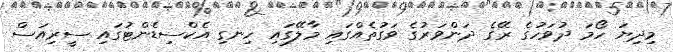
މިދިޔަ ހޯމަ ދުވަހުގެ ރޭގެ ދަންވަރުގެ ވަގުތެއްގައި މާލޭގައި ހިނގި އެކްސިޑެންޓުގައި ސީރިއަސް